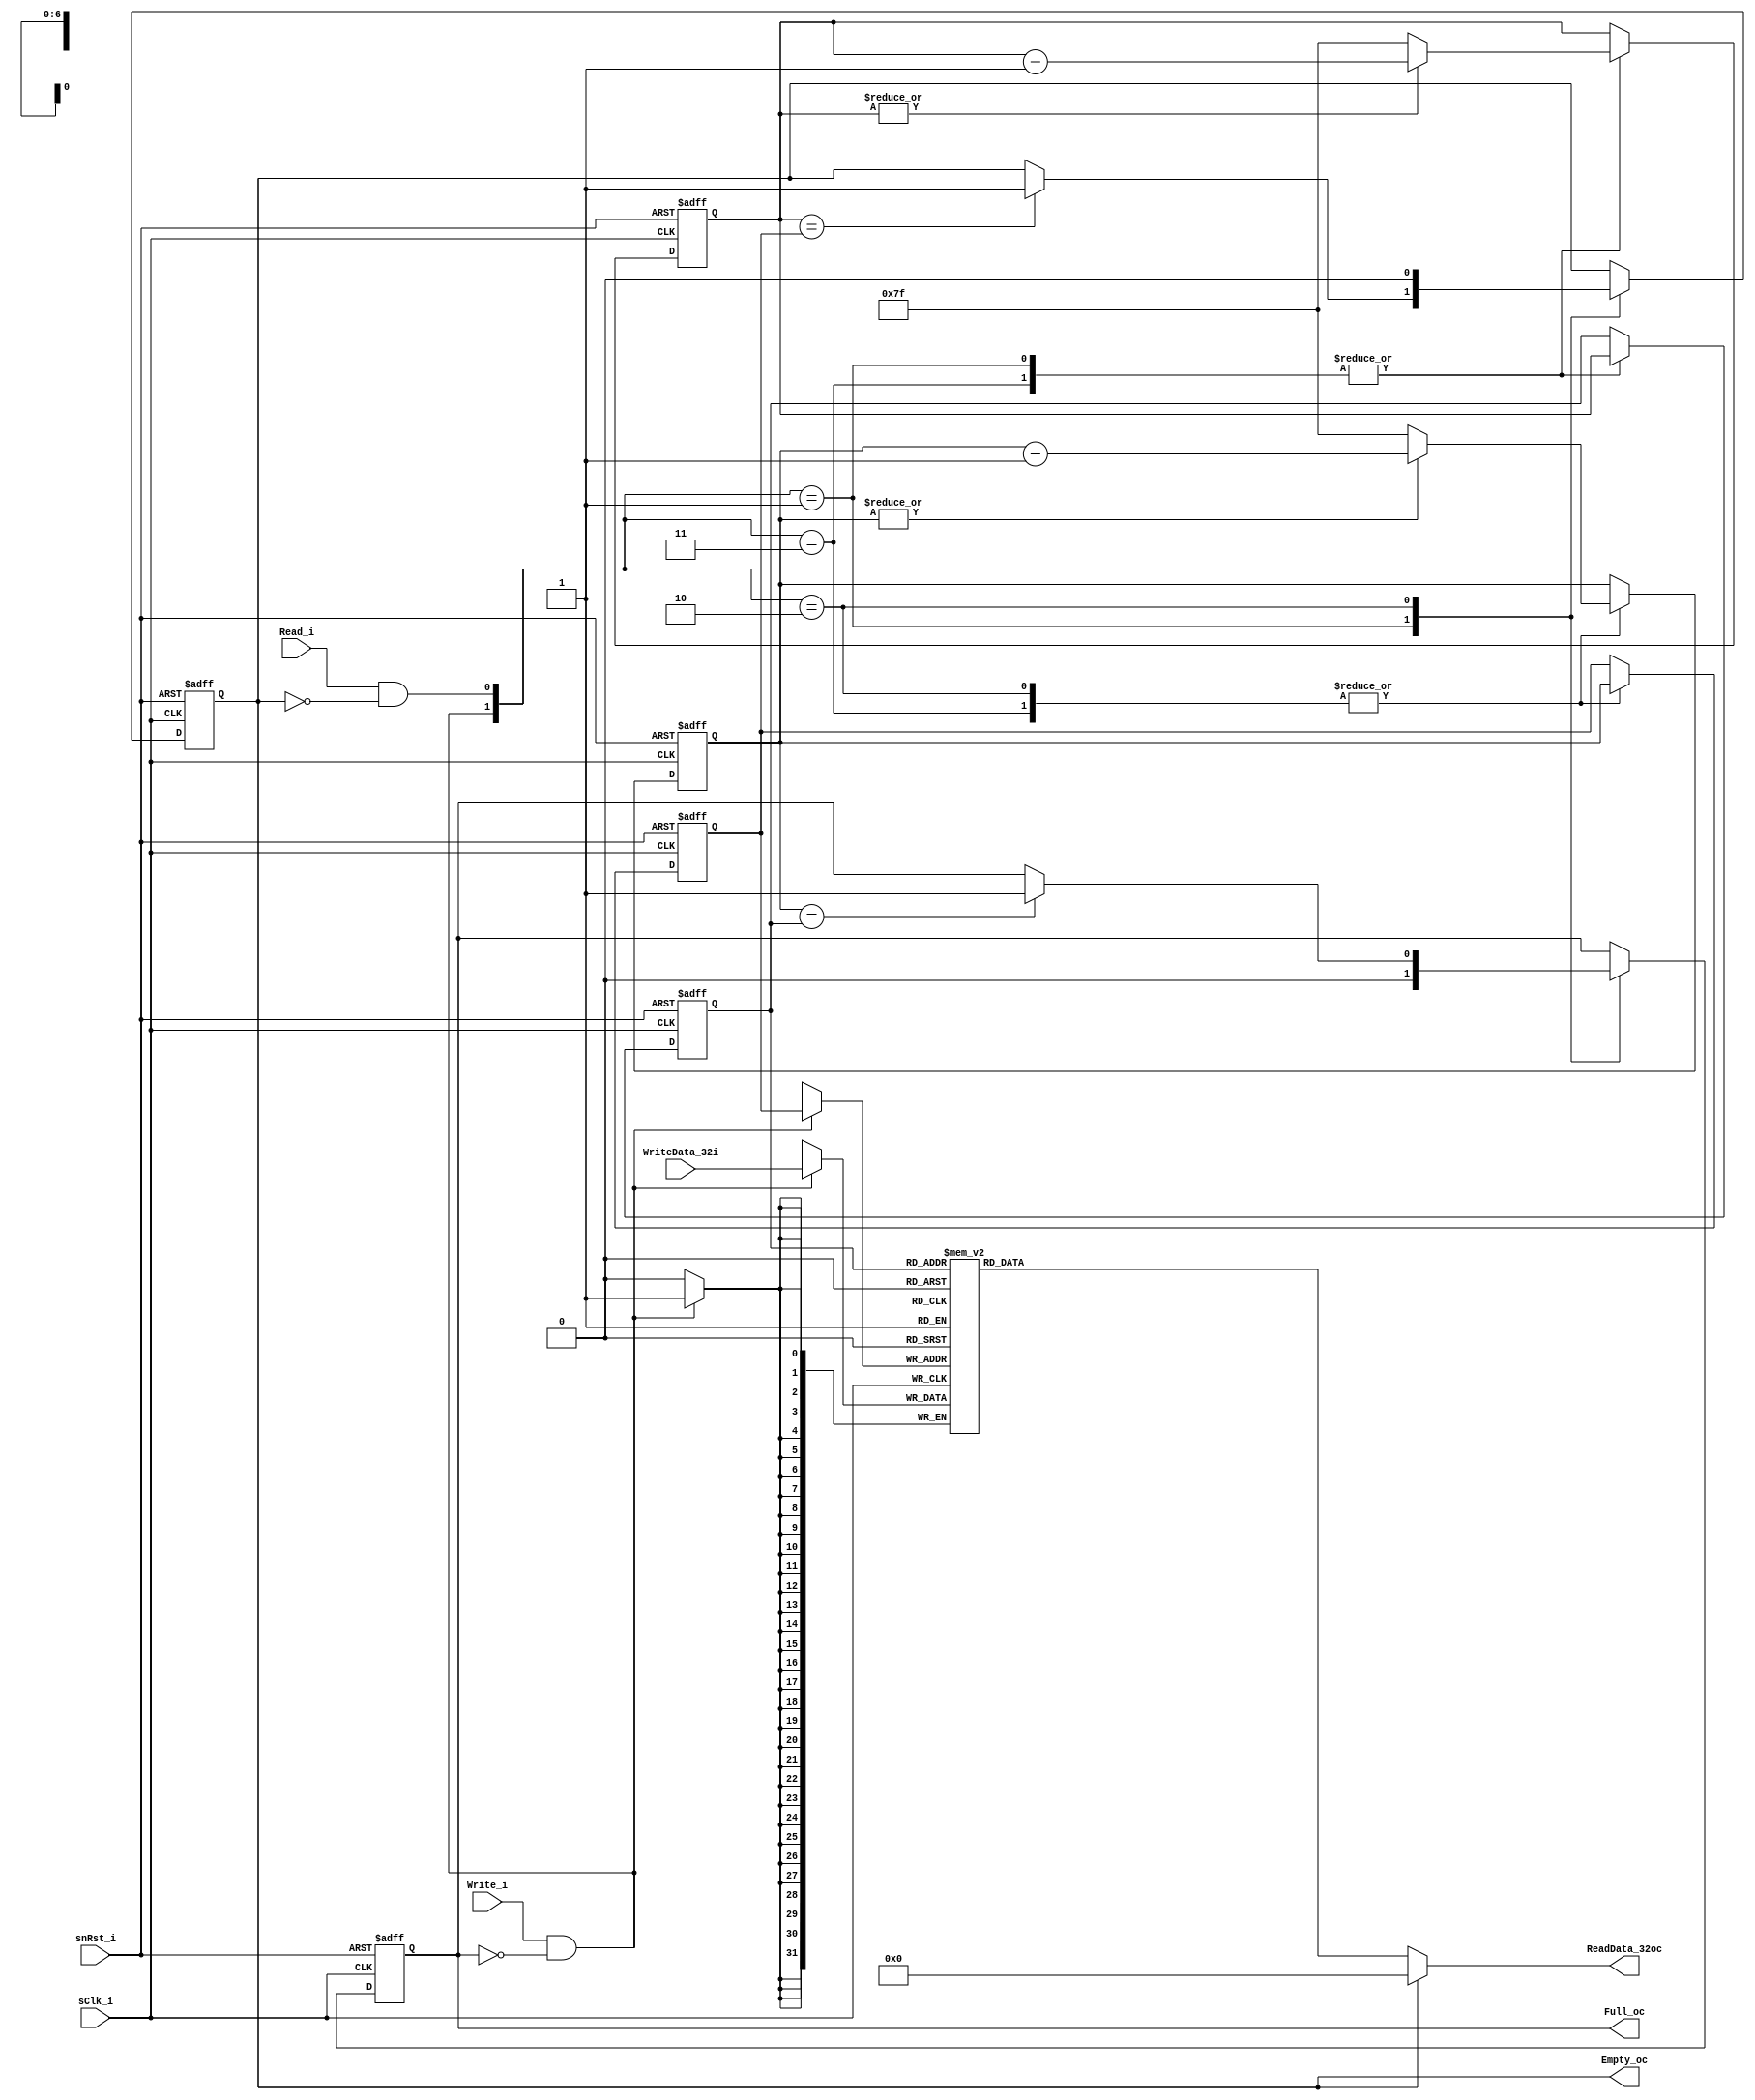
`ifndef FIFO_wk79qt619p9ykzQS
  `define FIFO_wk79qt619p9ykzQS

module FIFO
#(
  parameter W_WRITE         = 32,
  parameter C_NUMBERWORDS   = 128
)
(
  input  wire              sClk_i,   snRst_i,
  input  wire[W_WRITE-1:0] WriteData_32i,
  input  wire              Read_i,   Write_i,
  output wire              Empty_oc,  Full_oc,
  output wire[W_WRITE-1:0] ReadData_32oc
);


generate
if (C_NUMBERWORDS == 1) begin:SingleReg_Genblock

  reg  [W_WRITE-1:0] Fifo32x128_r;
  reg  Full_r;

    /* read enable */
  wire ReadEn_w   = Read_i & Full_r;
  /* write enable */
  wire WriteEn_w  = Write_i & ~Full_r;// We can write if we read at the same time. Leads to additional checks outside FIFO

  always @(posedge sClk_i) begin
    if(WriteEn_w)
      Fifo32x128_r <= WriteData_32i;
  end
  assign ReadData_32oc = Fifo32x128_r;
  assign Empty_oc  = ~Full_r;
  assign Full_oc   =  Full_r;
  /* control logic */
  always @(posedge sClk_i or negedge snRst_i) begin
    if(!snRst_i) begin
      Full_r        <= 1'b0;
    end
    else begin
      case ({WriteEn_w, ReadEn_w})
        /* read */
        2'b01   : begin Full_r <= 1'b0  ; end
        /* write */
        2'b10   : begin Full_r <= 1'b1  ; end
        default : begin Full_r <= Full_r; end
      endcase
    end
  end
end
else begin:NormalFIFO

  localparam LW_ADDRESS = $clog2(C_NUMBERWORDS);

  /* wire & register declaration */
  reg  [W_WRITE-1:0] Fifo32x128_r [C_NUMBERWORDS-1:0];
  reg  [LW_ADDRESS-1:0] WAddr_7r, WAddrNext_7r;
  reg  [LW_ADDRESS-1:0] RAddr_7r, RAddrNext_7r;
  reg  Full_r, Empty_r;

  /* read enable */
  wire ReadEn_w   = Read_i & ~Empty_r;

  /* write enable */
  wire WriteEn_w  = Write_i & (~Full_r/* | Full_r & ReadEn_w*/);// We can write if we read at the same time. Leads to additional checks outside FIFO

  always @(posedge sClk_i) begin
    if(WriteEn_w)
      Fifo32x128_r[WAddr_7r] <= WriteData_32i;
  end

  assign ReadData_32oc = Empty_r ? {W_WRITE{1'b0}} : Fifo32x128_r[RAddr_7r];

  assign Empty_oc  = Empty_r;
  assign Full_oc   = Full_r;

  /* control logic */
  always @(posedge sClk_i or negedge snRst_i) begin
    if(!snRst_i) begin
      Full_r        <= 1'b0;
      Empty_r       <= 1'b1;
      WAddr_7r      <= C_NUMBERWORDS - {{LW_ADDRESS{1'b0}},1'b1};
      RAddr_7r      <= C_NUMBERWORDS - {{LW_ADDRESS{1'b0}},1'b1};
      WAddrNext_7r  <= C_NUMBERWORDS - {{LW_ADDRESS{1'b0}},2'd2};
      RAddrNext_7r  <= C_NUMBERWORDS - {{LW_ADDRESS{1'b0}},2'd2};
    end
    else begin

      case ({WriteEn_w, ReadEn_w})

        /* read */
        2'b01 : begin
          if(~|RAddrNext_7r)  RAddrNext_7r <= C_NUMBERWORDS - {{LW_ADDRESS{1'b0}},1'b1};
          else                RAddrNext_7r <= RAddrNext_7r - {{LW_ADDRESS{1'b0}},1'b1};
          RAddr_7r  <= RAddrNext_7r;
          Full_r    <= 1'b0;
          if(RAddrNext_7r == WAddr_7r) Empty_r <= 1'b1;
        end

        /* write */
        2'b10 : begin
          if(~|WAddrNext_7r)  WAddrNext_7r <= C_NUMBERWORDS - {{LW_ADDRESS{1'b0}},1'b1};
          else                WAddrNext_7r <= WAddrNext_7r - {{LW_ADDRESS{1'b0}},1'b1};
          WAddr_7r  <= WAddrNext_7r;
          Empty_r   <= 1'b0;
          if(WAddrNext_7r == RAddr_7r) Full_r <= 1'b1;
        end

        /* read & write */
        2'b11 : begin
          if(~|RAddrNext_7r)  RAddrNext_7r <= C_NUMBERWORDS - {{LW_ADDRESS{1'b0}},1'b1};
          else                RAddrNext_7r <= RAddrNext_7r - {{LW_ADDRESS{1'b0}},1'b1};
          RAddr_7r <= RAddrNext_7r;
          if(~|WAddrNext_7r)  WAddrNext_7r <= C_NUMBERWORDS - {{LW_ADDRESS{1'b0}},1'b1};
          else                WAddrNext_7r <= WAddrNext_7r - {{LW_ADDRESS{1'b0}},1'b1};
          WAddr_7r <= WAddrNext_7r;
        end
        default : begin
          RAddrNext_7r <= RAddrNext_7r;
          WAddrNext_7r <= WAddrNext_7r;
          RAddr_7r     <= RAddr_7r;
          WAddr_7r     <= WAddr_7r;
          Empty_r      <= Empty_r;
          Full_r       <= Full_r;
        end

      endcase

    end
  end
end
endgenerate
endmodule
`endif